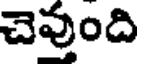
చెవుంది